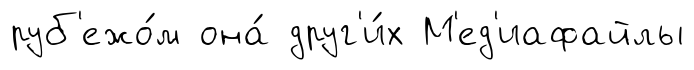
руб'ежо́м она́ друг'и́х М'ед'иафайлы